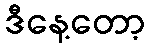
ဒီနေ့တော့